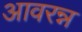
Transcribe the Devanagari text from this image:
आवरन्न